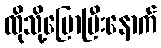
ထိုသို့ပြောပြီးနောက်